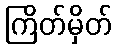
ကြိတ်မှိတ်